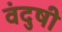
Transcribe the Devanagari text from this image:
वंदुषी